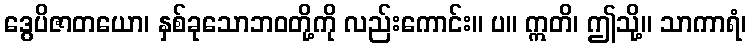
ဒွေပိဇာတယော၊ နှစ်ခုသောဘဝတို့ကို လည်းကောင်း။ ပ။ ဣတိ၊ ဤသို့။ သာကာရံ၊